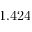
1 . 4 2 4